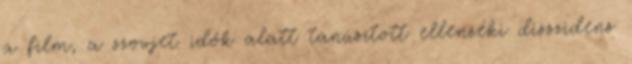
a film, a szovjet idők alatt tanúsított ellenzéki disszidens